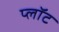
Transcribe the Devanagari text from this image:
प्‍लॉट